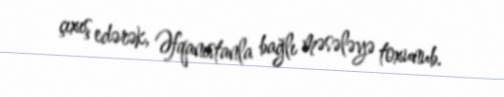
çıxış edərək, Əfqanıstanla bağlı məsələyə toxunub.